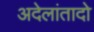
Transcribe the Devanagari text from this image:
अदेलांतादो